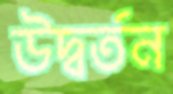
উদ্বর্তন